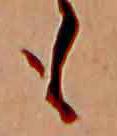
も